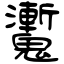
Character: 魙